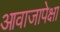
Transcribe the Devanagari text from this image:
आवाजापेक्षा